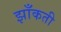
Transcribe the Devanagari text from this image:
झाँकती